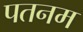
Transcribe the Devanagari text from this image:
पतनम